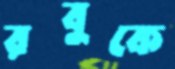
রবুকে